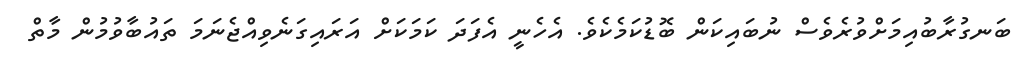
ބަނގުރާބުއިމަށްވުރެވެސް ނުބައިކަން ބޮޑުކަމެކެވެ. އެހެނީ އެފަދަ ކަމަކަށް އަރައިގަނެވިއްޖެނަމަ ތައުބާވުމުން މާތް